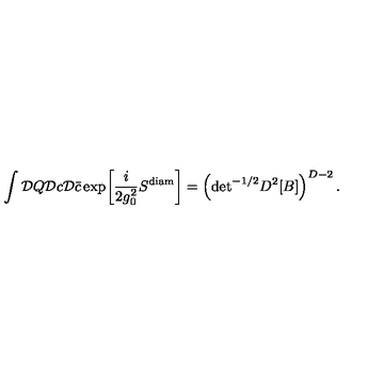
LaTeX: \int { \cal D } Q { \cal D } c { \cal D } { \bar { c } } \exp \! \left[ \frac { i } { 2 g _ { 0 } ^ { 2 } } S ^ { \mathrm { d i a m } } \right] = \left( \mathrm { d e t } ^ { - 1 / 2 } D ^ { 2 } [ B ] \right) ^ { D - 2 } .